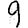
Digit: 9